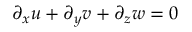
\partial _ { x } u + \partial _ { y } v + \partial _ { z } w = 0